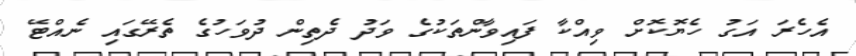
އެހެރަ އަގު ހެޔޮކޮށް ވިއްކާ ފައިވާންތަކުގެ ވަދު ދެތިން ދުވަހުގެ ތެރޭގައި ނެއްޓޭ